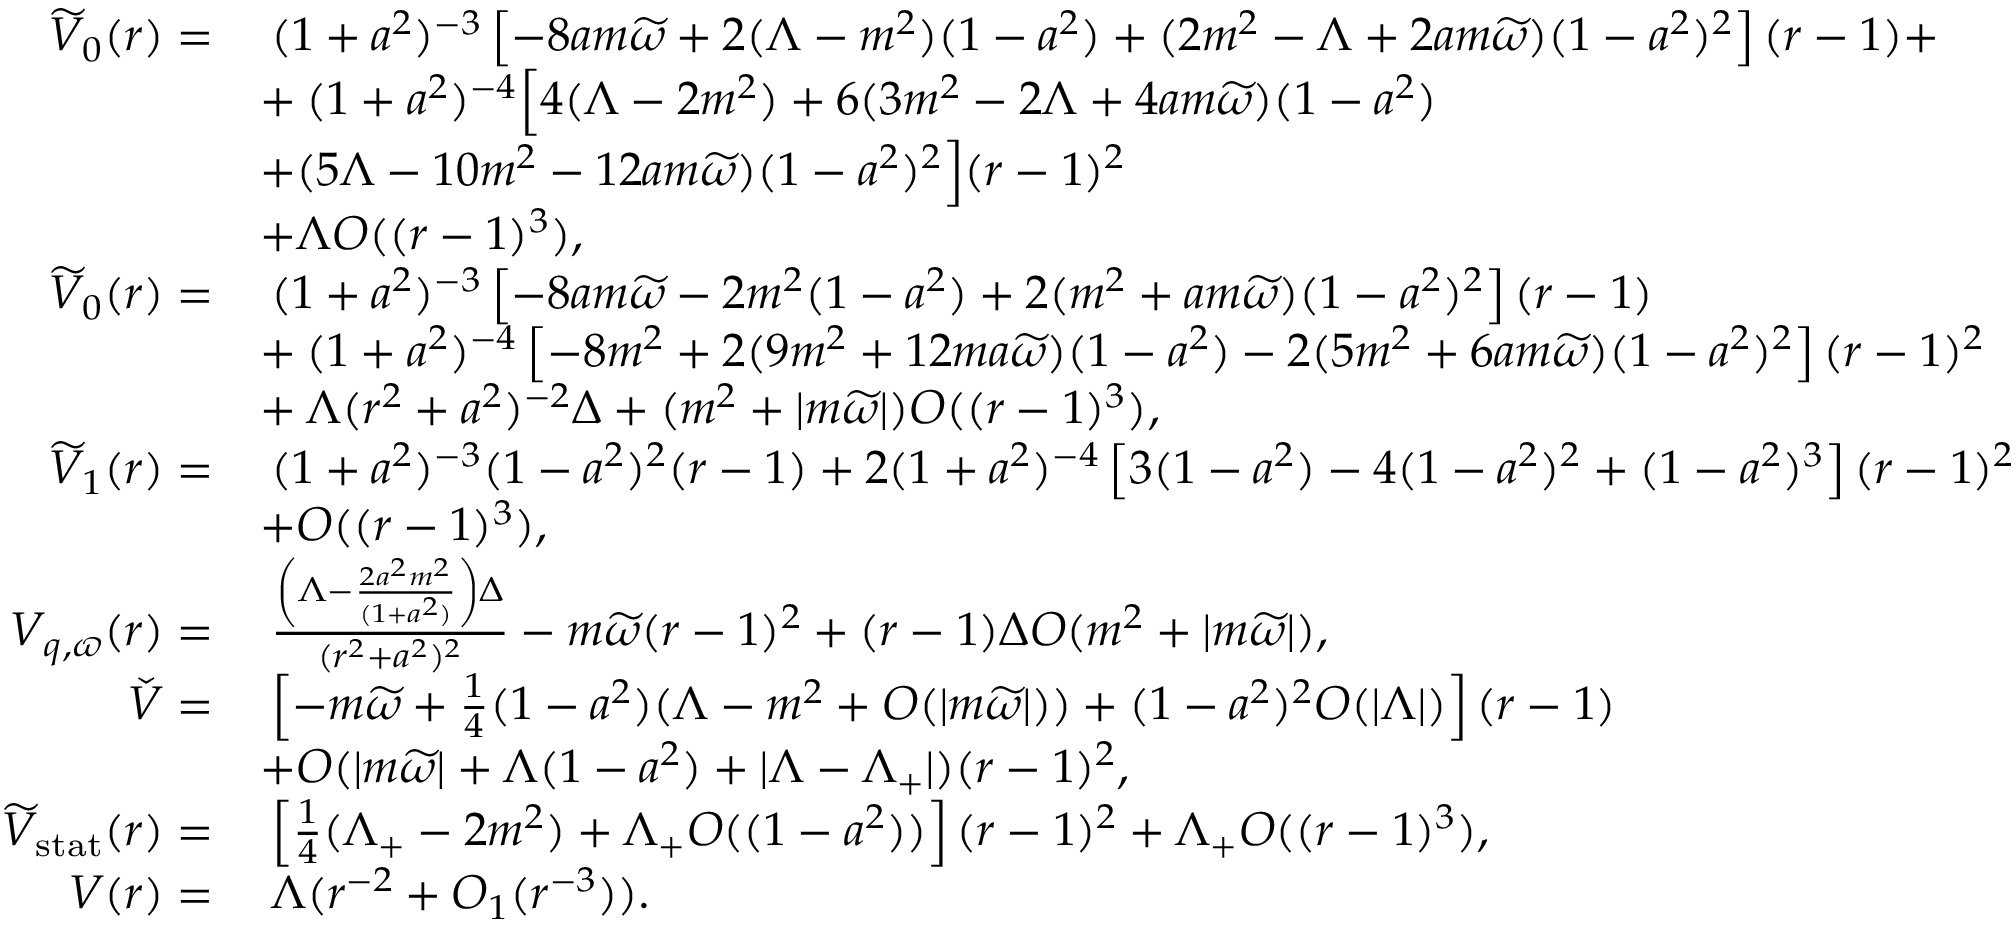
\begin{array} { r l } { \widetilde { V } _ { 0 } ( r ) = } & { \: ( 1 + a ^ { 2 } ) ^ { - 3 } \left[ - 8 a m \widetilde { \omega } + 2 ( \Lambda - m ^ { 2 } ) ( 1 - a ^ { 2 } ) + ( 2 m ^ { 2 } - \Lambda + 2 a m \widetilde { \omega } ) ( 1 - a ^ { 2 } ) ^ { 2 } \right] ( r - 1 ) + } \\ & { + \: ( 1 + a ^ { 2 } ) ^ { - 4 } \Big [ 4 ( \Lambda - 2 m ^ { 2 } ) + 6 ( 3 m ^ { 2 } - 2 \Lambda + 4 a m \widetilde { \omega } ) ( 1 - a ^ { 2 } ) } \\ & { + ( 5 \Lambda - 1 0 m ^ { 2 } - 1 2 a m \widetilde { \omega } ) ( 1 - a ^ { 2 } ) ^ { 2 } \Big ] ( r - 1 ) ^ { 2 } } \\ & { + \Lambda O ( ( r - 1 ) ^ { 3 } ) , } \\ { \widetilde { V } _ { 0 } ( r ) = } & { \: ( 1 + a ^ { 2 } ) ^ { - 3 } \left[ - 8 a m \widetilde { \omega } - 2 m ^ { 2 } ( 1 - a ^ { 2 } ) + 2 ( m ^ { 2 } + a m \widetilde { \omega } ) ( 1 - a ^ { 2 } ) ^ { 2 } \right] ( r - 1 ) } \\ & { + \: ( 1 + a ^ { 2 } ) ^ { - 4 } \left[ - 8 m ^ { 2 } + 2 ( 9 m ^ { 2 } + 1 2 m a \widetilde { \omega } ) ( 1 - a ^ { 2 } ) - 2 ( 5 m ^ { 2 } + 6 a m \widetilde { \omega } ) ( 1 - a ^ { 2 } ) ^ { 2 } \right] ( r - 1 ) ^ { 2 } } \\ & { + \: \Lambda ( r ^ { 2 } + a ^ { 2 } ) ^ { - 2 } \Delta + ( m ^ { 2 } + | m \widetilde { \omega } | ) O ( ( r - 1 ) ^ { 3 } ) , } \\ { \widetilde { V } _ { 1 } ( r ) = } & { \: ( 1 + a ^ { 2 } ) ^ { - 3 } ( 1 - a ^ { 2 } ) ^ { 2 } ( r - 1 ) + 2 ( 1 + a ^ { 2 } ) ^ { - 4 } \left[ 3 ( 1 - a ^ { 2 } ) - 4 ( 1 - a ^ { 2 } ) ^ { 2 } + ( 1 - a ^ { 2 } ) ^ { 3 } \right] ( r - 1 ) ^ { 2 } } \\ & { + O ( ( r - 1 ) ^ { 3 } ) , } \\ { V _ { q , \varpi } ( r ) = } & { \: \frac { \left( \Lambda - \frac { 2 a ^ { 2 } m ^ { 2 } } { ( 1 + a ^ { 2 } ) } \right) \Delta } { ( r ^ { 2 } + a ^ { 2 } ) ^ { 2 } } - m \widetilde { \omega } ( r - 1 ) ^ { 2 } + ( r - 1 ) \Delta O ( m ^ { 2 } + | m \widetilde { \omega } | ) , } \\ { \check { V } = } & { \: \left[ - m \widetilde { \omega } + \frac { 1 } { 4 } ( 1 - a ^ { 2 } ) ( \Lambda - m ^ { 2 } + O ( | m \widetilde { \omega } | ) ) + ( 1 - a ^ { 2 } ) ^ { 2 } O ( | \Lambda | ) \right] ( r - 1 ) } \\ & { + O ( | m \widetilde { \omega } | + \Lambda ( 1 - a ^ { 2 } ) + | \Lambda - \Lambda _ { + } | ) ( r - 1 ) ^ { 2 } , } \\ { \widetilde { V } _ { \mathrm { s t a t } } ( r ) = } & { \: \left[ \frac { 1 } { 4 } ( \Lambda _ { + } - 2 m ^ { 2 } ) + \Lambda _ { + } O ( ( 1 - a ^ { 2 } ) ) \right] ( r - 1 ) ^ { 2 } + \Lambda _ { + } O ( ( r - 1 ) ^ { 3 } ) , } \\ { V ( r ) = } & { \: \Lambda ( r ^ { - 2 } + O _ { 1 } ( r ^ { - 3 } ) ) . } \end{array}